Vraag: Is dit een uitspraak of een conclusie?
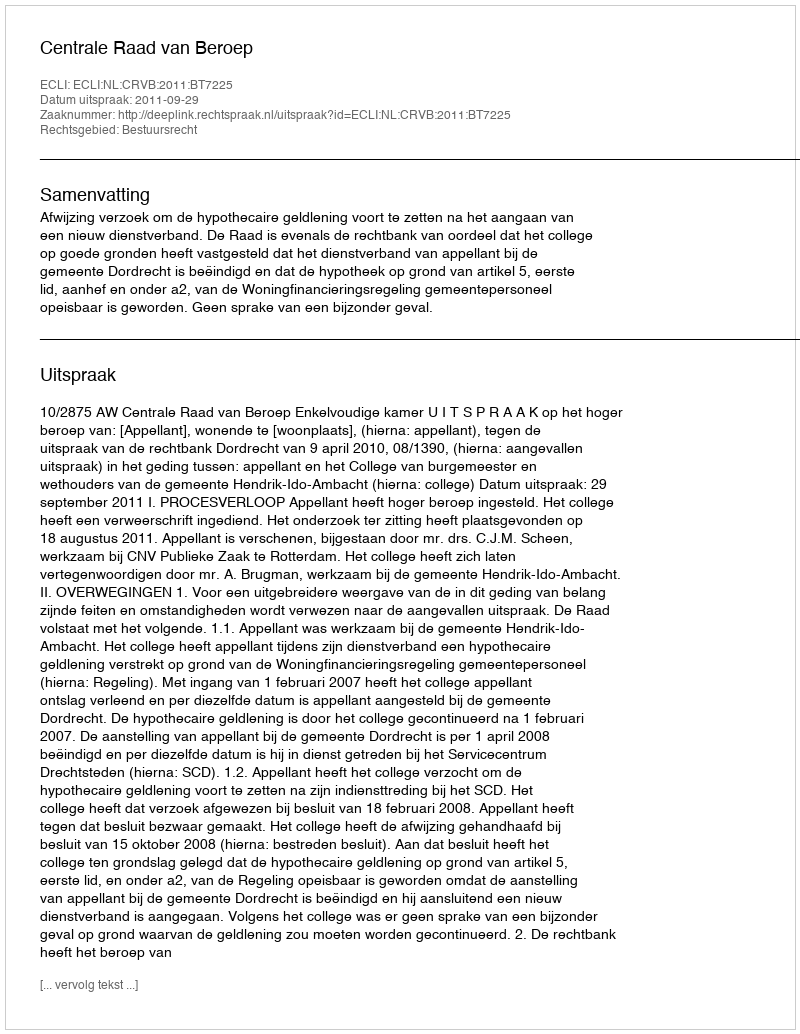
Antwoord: Uitspraak